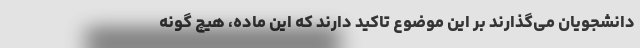
دانشجویان می‌گذارند بر این موضوع تاکید دارند که این ماده، هیچ گونه